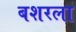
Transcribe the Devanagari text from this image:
बशरला